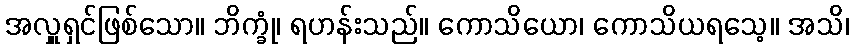
အလှူရှင်ဖြစ်သော။ ဘိက္ခုံ၊ ရဟန်းသည်။ ကောသိယော၊ ကောသိယရသေ့။ အသိ၊